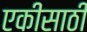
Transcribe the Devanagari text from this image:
एकीसाठी